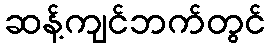
ဆန့်ကျင်ဘက်တွင်